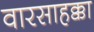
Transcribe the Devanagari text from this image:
वारसाहक्का